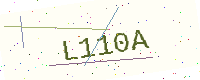
Text: L110A